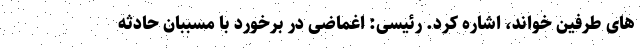
های طرفین خواند، اشاره کرد. رئیسی: اغماضی در برخورد با مسببان حادثه